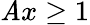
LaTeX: \mathit{A}x\ge1